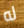
له